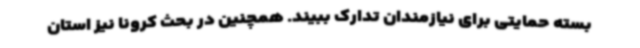
بسته حمایتی برای نیازمندان تدارک ببیند. همچنین در بحث کرونا نیز استان